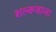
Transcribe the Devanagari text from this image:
शल्कवाला